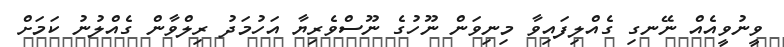
ވީނުވީއެއް ނޭނގި ގެއްލިފައިވާ މިނިވަން ނޫހުގެ ނޫސްވެރިޔާ އަހުމަދު ރިލްވާން ގެއްލުނު ކަމަށް